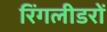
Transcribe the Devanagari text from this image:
रिंगलीडरों